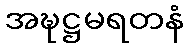
အဍ္ဎဋ္ဌမရတနံ